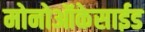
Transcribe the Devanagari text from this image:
मोनोऑकेसाईड